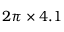
2 \pi \times 4 . 1